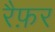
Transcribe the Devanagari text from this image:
रैफ़र